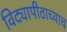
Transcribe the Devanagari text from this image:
विद्यापीठाच्याच